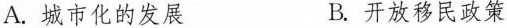
A.城市化的发展 B.开放移民政策